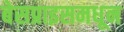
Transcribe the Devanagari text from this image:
बेसप्राइसमधून